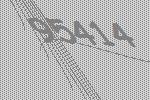
95414